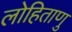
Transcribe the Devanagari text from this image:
लोहिताणु